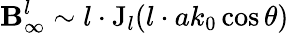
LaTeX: \mathbf{B}_{\infty}^{l}\sim l\cdot\mathrm{J}_{l}(l\cdot ak_{0}\cos\theta)